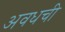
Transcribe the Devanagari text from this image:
अवधची